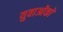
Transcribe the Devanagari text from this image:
युवाओंको